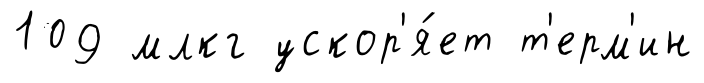
109 млкг ускор'я́ет т'ерм'ин